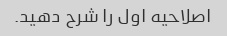
اصلاحیه اول را شرح دهید.